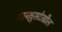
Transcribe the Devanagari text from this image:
आन्श्लुसदेखील